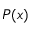
P ( x )